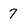
Character: 7